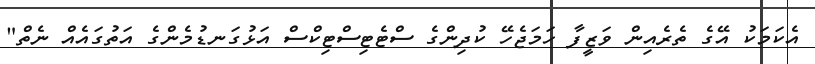
އެކަމަކު އޭގެ ތެރެއިން ވަޒީފާ ހަމަޖެހޭ ކުދިންގެ ސްޓެޓިސްޓިކްސް އަޅުގަނޑުމެންގެ އަތުގައެއް ނެތް"